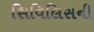
સિવિલિસની